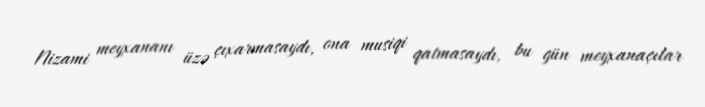
Nizami meyxananı üzə çıxarmasaydı, ona musiqi qatmasaydı, bu gün meyxanaçılar